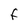
Character: f